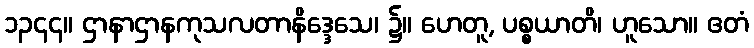
၁၃၄၄။ ဌာနာဌာနကုသလတာနိဒ္ဒေသေ၊ ၌။ ဟေတူ, ပစ္စယာတိ၊ ဟူသော။ ဧတံ